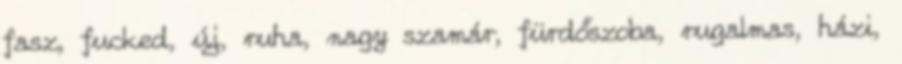
fasz, fucked, új, ruha, nagy szamár, fürdőszoba, rugalmas, házi,